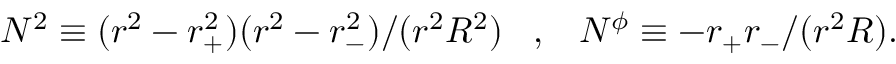
N ^ { 2 } \equiv ( r ^ { 2 } - r _ { + } ^ { 2 } ) ( r ^ { 2 } - r _ { - } ^ { 2 } ) / ( r ^ { 2 } R ^ { 2 } ) \; \; \; , \; \; \; N ^ { \phi } \equiv - r _ { + } r _ { - } / ( r ^ { 2 } R ) .